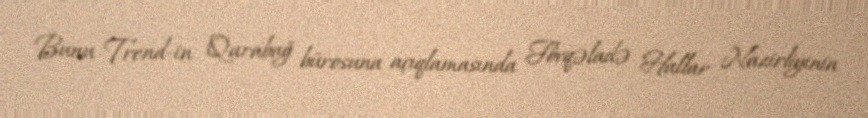
Bunu Trend-in Qarabağ bürosuna açıqlamasında Fövqəladə Hallar Nazirliyinin